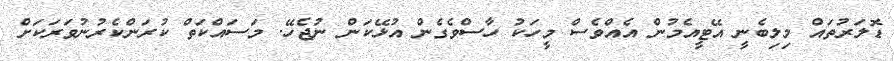
ޑޮލަރުތައް މިލިބެނީ އޭޓީއެމުން އެއްވެސް މީހަކު ހާސްވެގެން އުޅޭކަން ނުޖެހޭ. މަސަައްކަތް ކުރަންކެރުނުވަރަކަށް